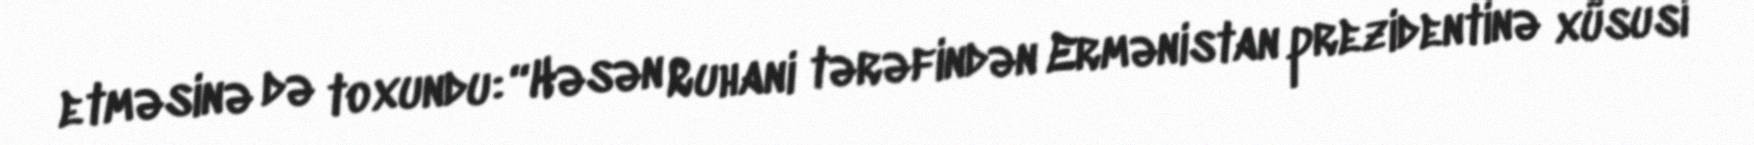
etməsinə də toxundu: “Həsən Ruhani tərəfindən Ermənistan prezidentinə xüsusi